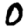
Digit: 0